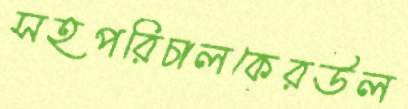
সহপরিচালকেরউল